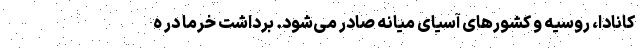
کانادا، روسیه و کشورهای آسیای میانه صادر می‌شود. برداشت خرما در ه